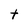
Character: t